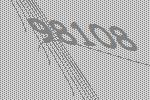
98108